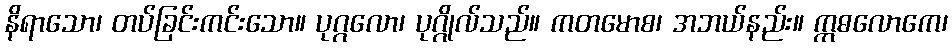
နိရာသော၊ တပ်ခြင်းကင်းသော။ ပုဂ္ဂလော၊ ပုဂ္ဂိုလ်သည်။ ကတမောစ၊ အဘယ်နည်း။ ဣဓလောကေ၊